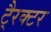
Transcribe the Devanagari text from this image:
टै्रक्टर